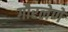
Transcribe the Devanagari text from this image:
गौरलेणे